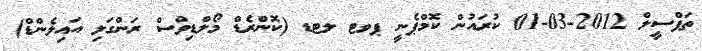
ތަފްސީލް 2012-03-01 ކުރައުން ކޮމްޕެނީ ޕވޓ ލޓޑ (ކޮންރެޑް މޯލްޑިވްސް ރަންގަލި އައިލެންޑް)